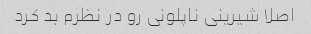
اصلا شیرینی ناپلونی رو در نظرم بد کرد